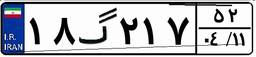
۱۸گ۲۱۷۵۲